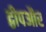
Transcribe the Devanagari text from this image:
द्वीपऔर